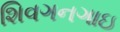
શિવગનગાઇ